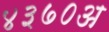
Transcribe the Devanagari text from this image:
४३७०अ